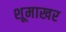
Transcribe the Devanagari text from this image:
शूमाखर